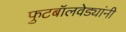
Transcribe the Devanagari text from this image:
फुटबॉलवेड्यांनी